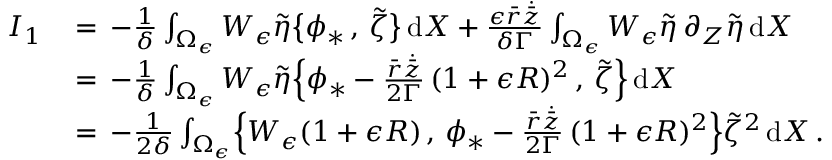
\begin{array} { r l } { I _ { 1 } \, } & { = \, - \frac { 1 } { \delta } \int _ { \Omega _ { \epsilon } } W _ { \epsilon } \tilde { \eta } \bigl \{ \phi _ { * } \, , \, \tilde { \zeta } \bigr \} \, \mathrm { d } X + \frac { \epsilon \bar { r } \dot { \bar { z } } } { \delta \Gamma } \int _ { \Omega _ { \epsilon } } W _ { \epsilon } \tilde { \eta } \, \partial _ { Z } \tilde { \eta } \, \mathrm { d } X } \\ { \, } & { = \, - \frac { 1 } { \delta } \int _ { \Omega _ { \epsilon } } W _ { \epsilon } \tilde { \eta } \Bigl \{ \phi _ { * } - \frac { \bar { r } \dot { \bar { z } } } { 2 \Gamma } \, ( 1 + \epsilon R ) ^ { 2 } \, , \, \tilde { \zeta } \Bigr \} \, \mathrm { d } X } \\ { \, } & { = \, - \frac { 1 } { 2 \delta } \int _ { \Omega _ { \epsilon } } \Bigl \{ W _ { \epsilon } ( 1 + \epsilon R ) \, , \, \phi _ { * } - \frac { \bar { r } \dot { \bar { z } } } { 2 \Gamma } \, ( 1 + \epsilon R ) ^ { 2 } \Bigr \} \tilde { \zeta } ^ { 2 } \, \mathrm { d } X \, . } \end{array}